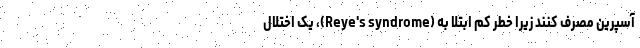
آسپرین مصرف کنند زیرا خطر کم ابتلا به (Reye's syndrome)، یک اختلال